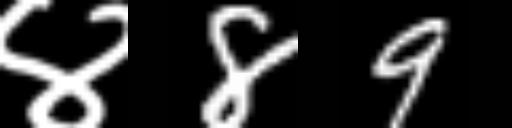
Text: ४89